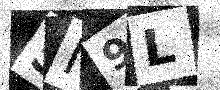
Text: 5M9L